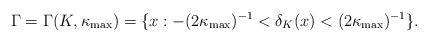
LaTeX: \begin{align*}\Gamma=\Gamma(K,\kappa_\mathrm{max})=\{x:-(2\kappa_\mathrm{max})^{-1}<\delta_K(x)<(2\kappa_\mathrm{max})^{-1}\}.\end{align*}